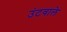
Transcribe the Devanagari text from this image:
उंटवाले